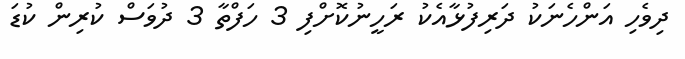
ދިވެހި އަންހެނަކު ދަރިފުޅާއެކު ރަހީނުކޮށްފި 3 ހަފްތާ 3 ދުވަސް ކުރިން ކުޑަ